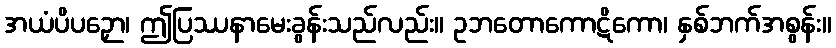
အယံပိပဉှော၊ ဤပြဿနာမေးခွန်းသည်လည်း။ ဥဘတောကောဋိကော၊ နှစ်ဘက်အစွန်း။